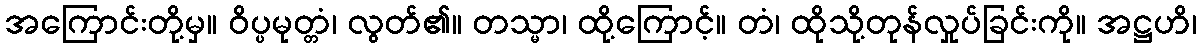
အကြောင်းတို့မှ။ ဝိပ္ပမုတ္တံ၊ လွတ်၏။ တသ္မာ၊ ထို့ကြောင့်။ တံ၊ ထိုသို့တုန်လှုပ်ခြင်းကို။ အဋ္ဌဟိ၊